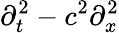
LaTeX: \partial_{t}^{2}-c^{2}\partial_{x}^{2}